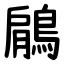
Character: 鵳